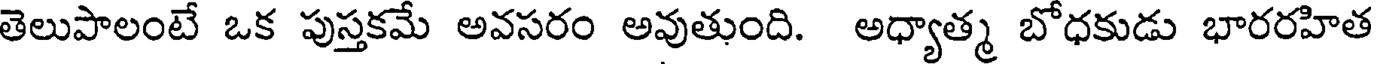
తెలుపాలంటే ఒక పుస్తకమే అవసరం అవుతుంది. అధ్యాత్మ బోధకుడు భారరహిత